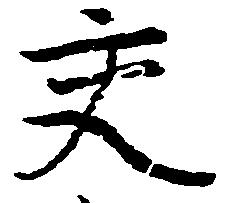
交